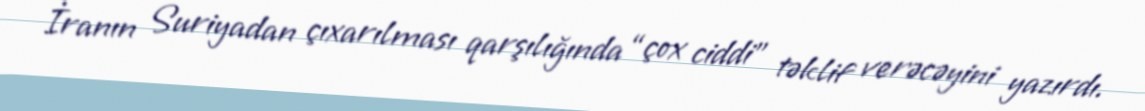
İranın Suriyadan çıxarılması qarşılığında “çox ciddi” təklif verəcəyini yazırdı.